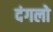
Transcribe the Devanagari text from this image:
दंगलो